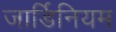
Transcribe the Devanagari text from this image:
जार्डिनियम